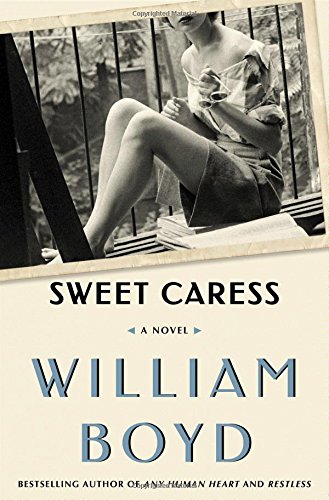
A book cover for Sweet Caress; William Boyd; Literature & Fiction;